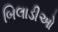
બિલાડીઓ